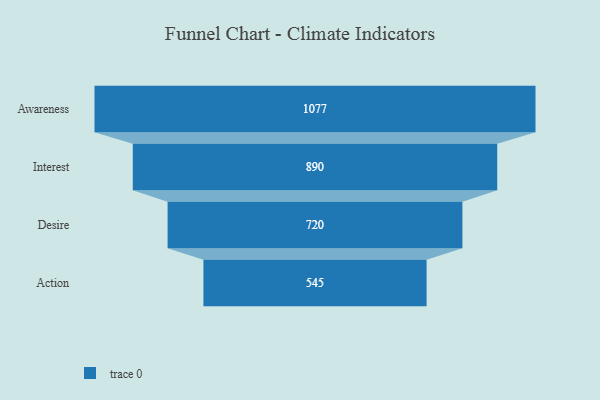
{"axis": {"x": "Stage", "y": "Value"}, "legend": [""], "data": [{"x": "Awareness", "y": 1077.0, "type": ""}, {"x": "Interest", "y": 890.0, "type": ""}, {"x": "Desire", "y": 720.0, "type": ""}, {"x": "Action", "y": 545.0, "type": ""}]}